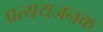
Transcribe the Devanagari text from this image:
प्रत्ययजनक